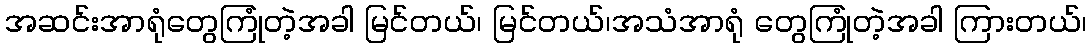
အဆင်းအာရုံတွေကြုံတဲ့အခါ မြင်တယ်၊ မြင်တယ်၊အသံအာရုံ တွေကြုံတဲ့အခါ ကြားတယ်၊